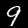
Digit: 9